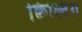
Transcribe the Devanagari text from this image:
क्विल्टिंग